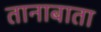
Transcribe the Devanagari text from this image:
तानाबाता